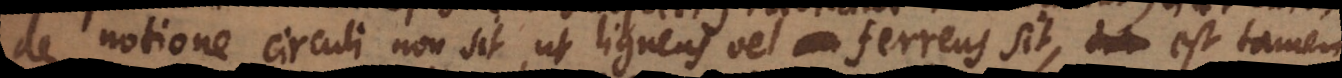
de notione circuli non sit, ut ligneus vel ferreus sit, est tamen